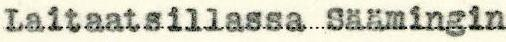
Laitaatsillassa Säämingin